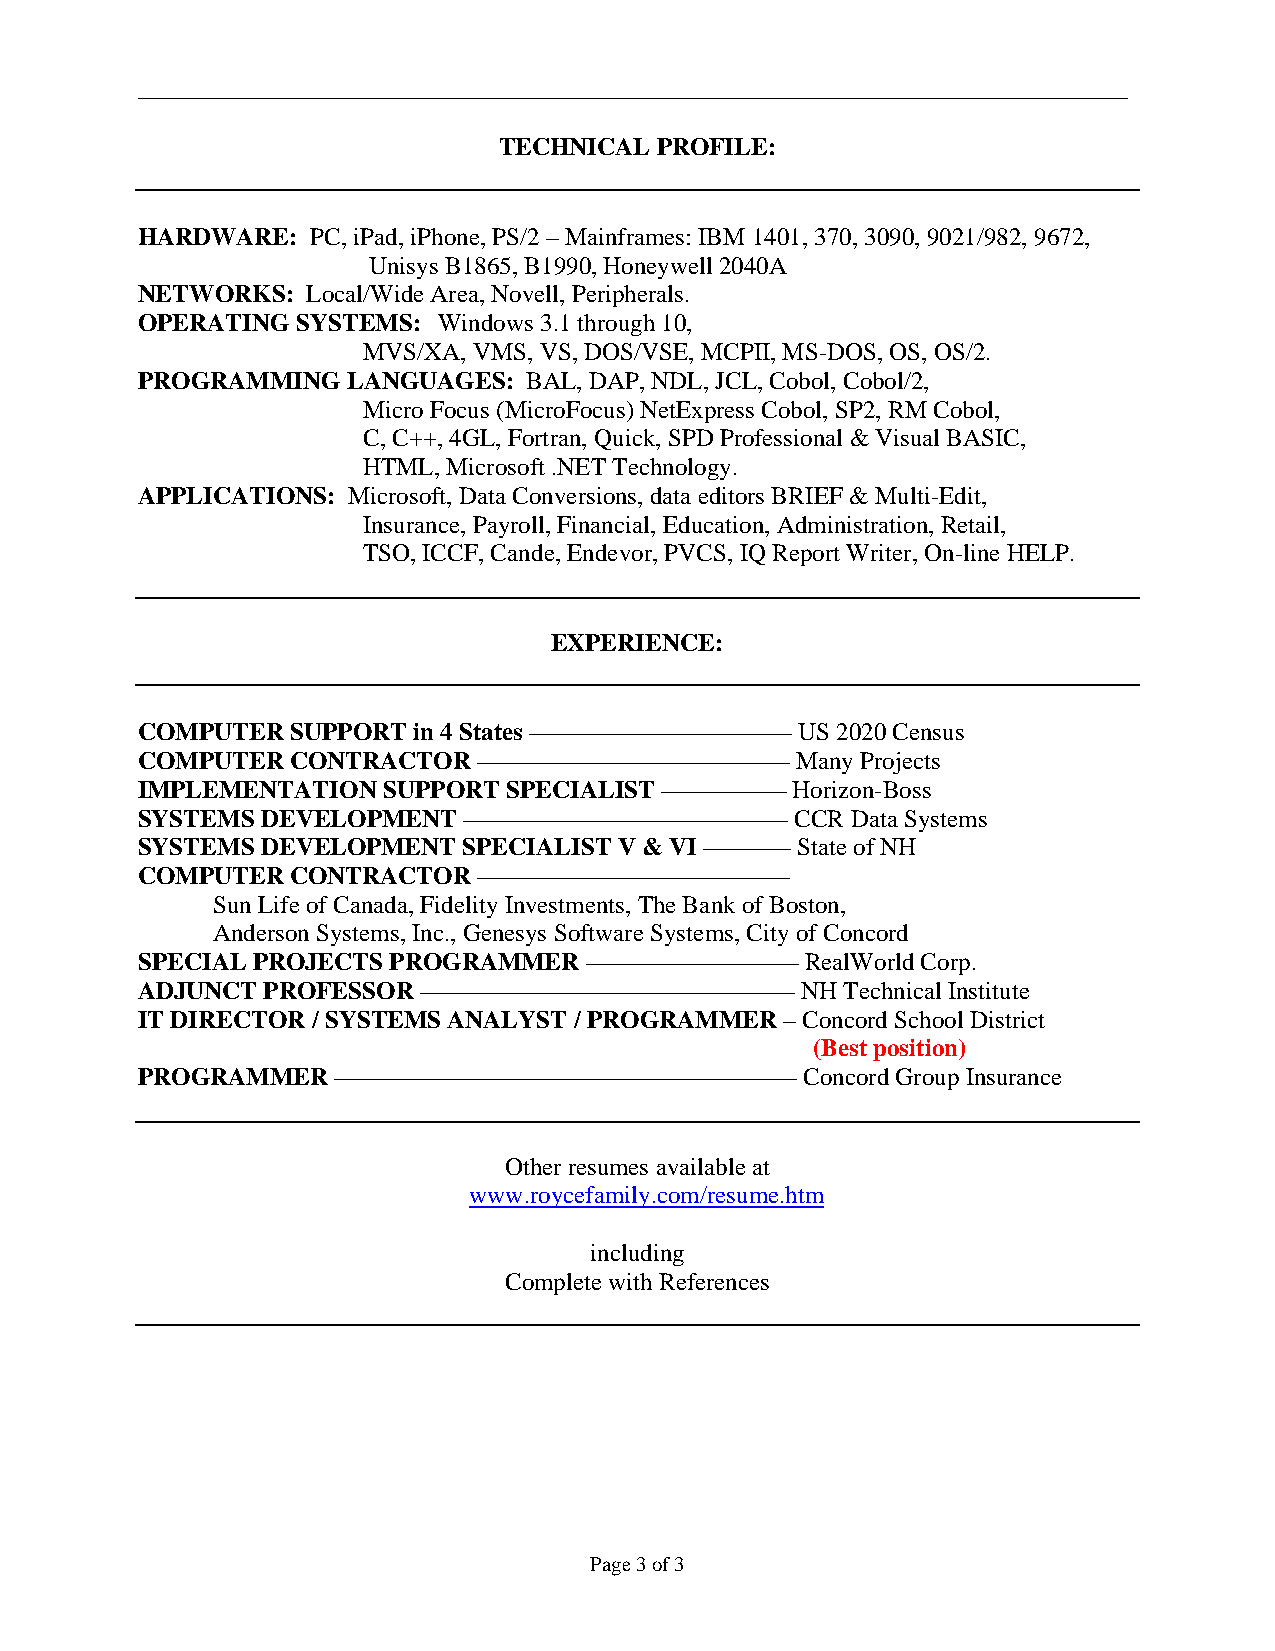
__________________________________________________________________
 TECHNICAL PROFILE:
 HARDWARE:   PC, iPad, iPhone, PS/2 – Mainframes: IBM 1401, 370, 3090, 9021/982, 9672,
 Unisys B1865, B1990, Honeywell 2040A
 NETWORKS:  Local/Wide Area, Novell, Peripherals.
 OPERATING  SYSTEMS: Windows 3.1 through 10,
 MVS/XA, VMS, VS, DOS/VSE, MCPII, MS-DOS, OS, OS/2.
 PROGRAMMING   LANGUAGES:  BAL, DAP, NDL, JCL, Cobol, Cobol/2,
 Micro Focus (MicroFocus) NetExpress Cobol, SP2, RM Cobol,
 C, C++, 4GL, Fortran, Quick, SPD Professional & Visual BASIC,
 HTML, Microsoft .NET Technology.
 APPLICATIONS: Microsoft, Data Conversions, data editors BRIEF & Multi-Edit,
 Insurance, Payroll, Financial, Education, Administration, Retail,
 TSO, ICCF, Cande, Endevor, PVCS, IQ Report Writer, On-line HELP.
 EXPERIENCE:
 COMPUTER  SUPPORT in 4 States ––––––––––––––––––––– US 2020 Census
 COMPUTER  CONTRACTOR   ––––––––––––––––––––––––– Many Projects
 IMPLEMENTATION  SUPPORT  SPECIALIST –––––––––– Horizon-Boss
 SYSTEMS DEVELOPMENT   –––––––––––––––––––––––––– CCR Data Systems
 SYSTEMS DEVELOPMENT   SPECIALIST V & VI ––––––– State of NH
 COMPUTER  CONTRACTOR   –––––––––––––––––––––––––
 Sun Life of Canada, Fidelity Investments, The Bank of Boston,
 Anderson Systems, Inc., Genesys Software Systems, City of Concord
 SPECIAL PROJECTS PROGRAMMER   ––––––––––––––––– RealWorld Corp.
 ADJUNCT PROFESSOR  –––––––––––––––––––––––––––––– NH Technical Institute
 IT DIRECTOR / SYSTEMS ANALYST / PROGRAMMER – Concord School District
 (Best position)
 PROGRAMMER   ––––––––––––––––––––––––––––––––––––– Concord Group Insurance
 Other resumes available at
 www.roycefamily.com/resume.htm
 including
 Complete with References
 Page 3 of 3